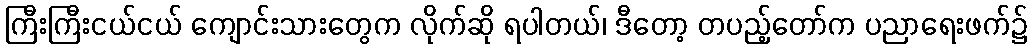
ကြီးကြီးငယ်ငယ် ကျောင်းသားတွေက လိုက်ဆို ရပါတယ်၊ ဒီတော့ တပည့်တော်က ပညာရေးဖက်၌